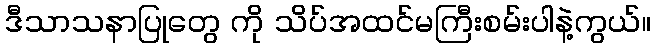
ဒီသာသနာပြုတွေ ကို သိပ်အထင်မကြီးစမ်းပါနဲ့ကွယ်။